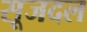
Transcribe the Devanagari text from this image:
सूजदल